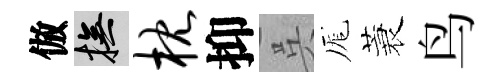
倣撫枕抑呉厖蓑鸟